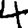
Digit: 4